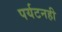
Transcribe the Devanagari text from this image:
पर्यटनही